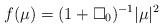
LaTeX: \begin{align*} f({\mu})=(1+\square_0)^{-1}|\mu|^2 \end{align*}